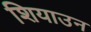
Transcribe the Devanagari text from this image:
शियाउन